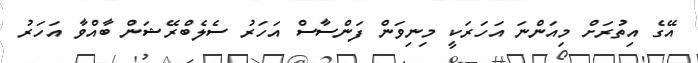
އޭގެ އިތުރަށް މިއަންނަ އަހަރަކީ މިނިވަން ފަންސާސް އަހަރު ސެލެބްރޭޝަން ބާއްވާ އަހަރު